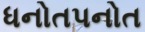
ધનોતપનોત